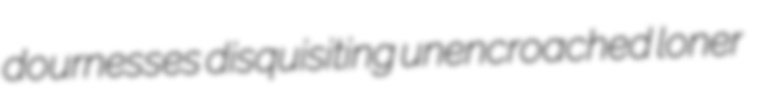
dournesses disquisiting unencroached loner